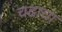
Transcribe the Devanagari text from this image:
चढाचा